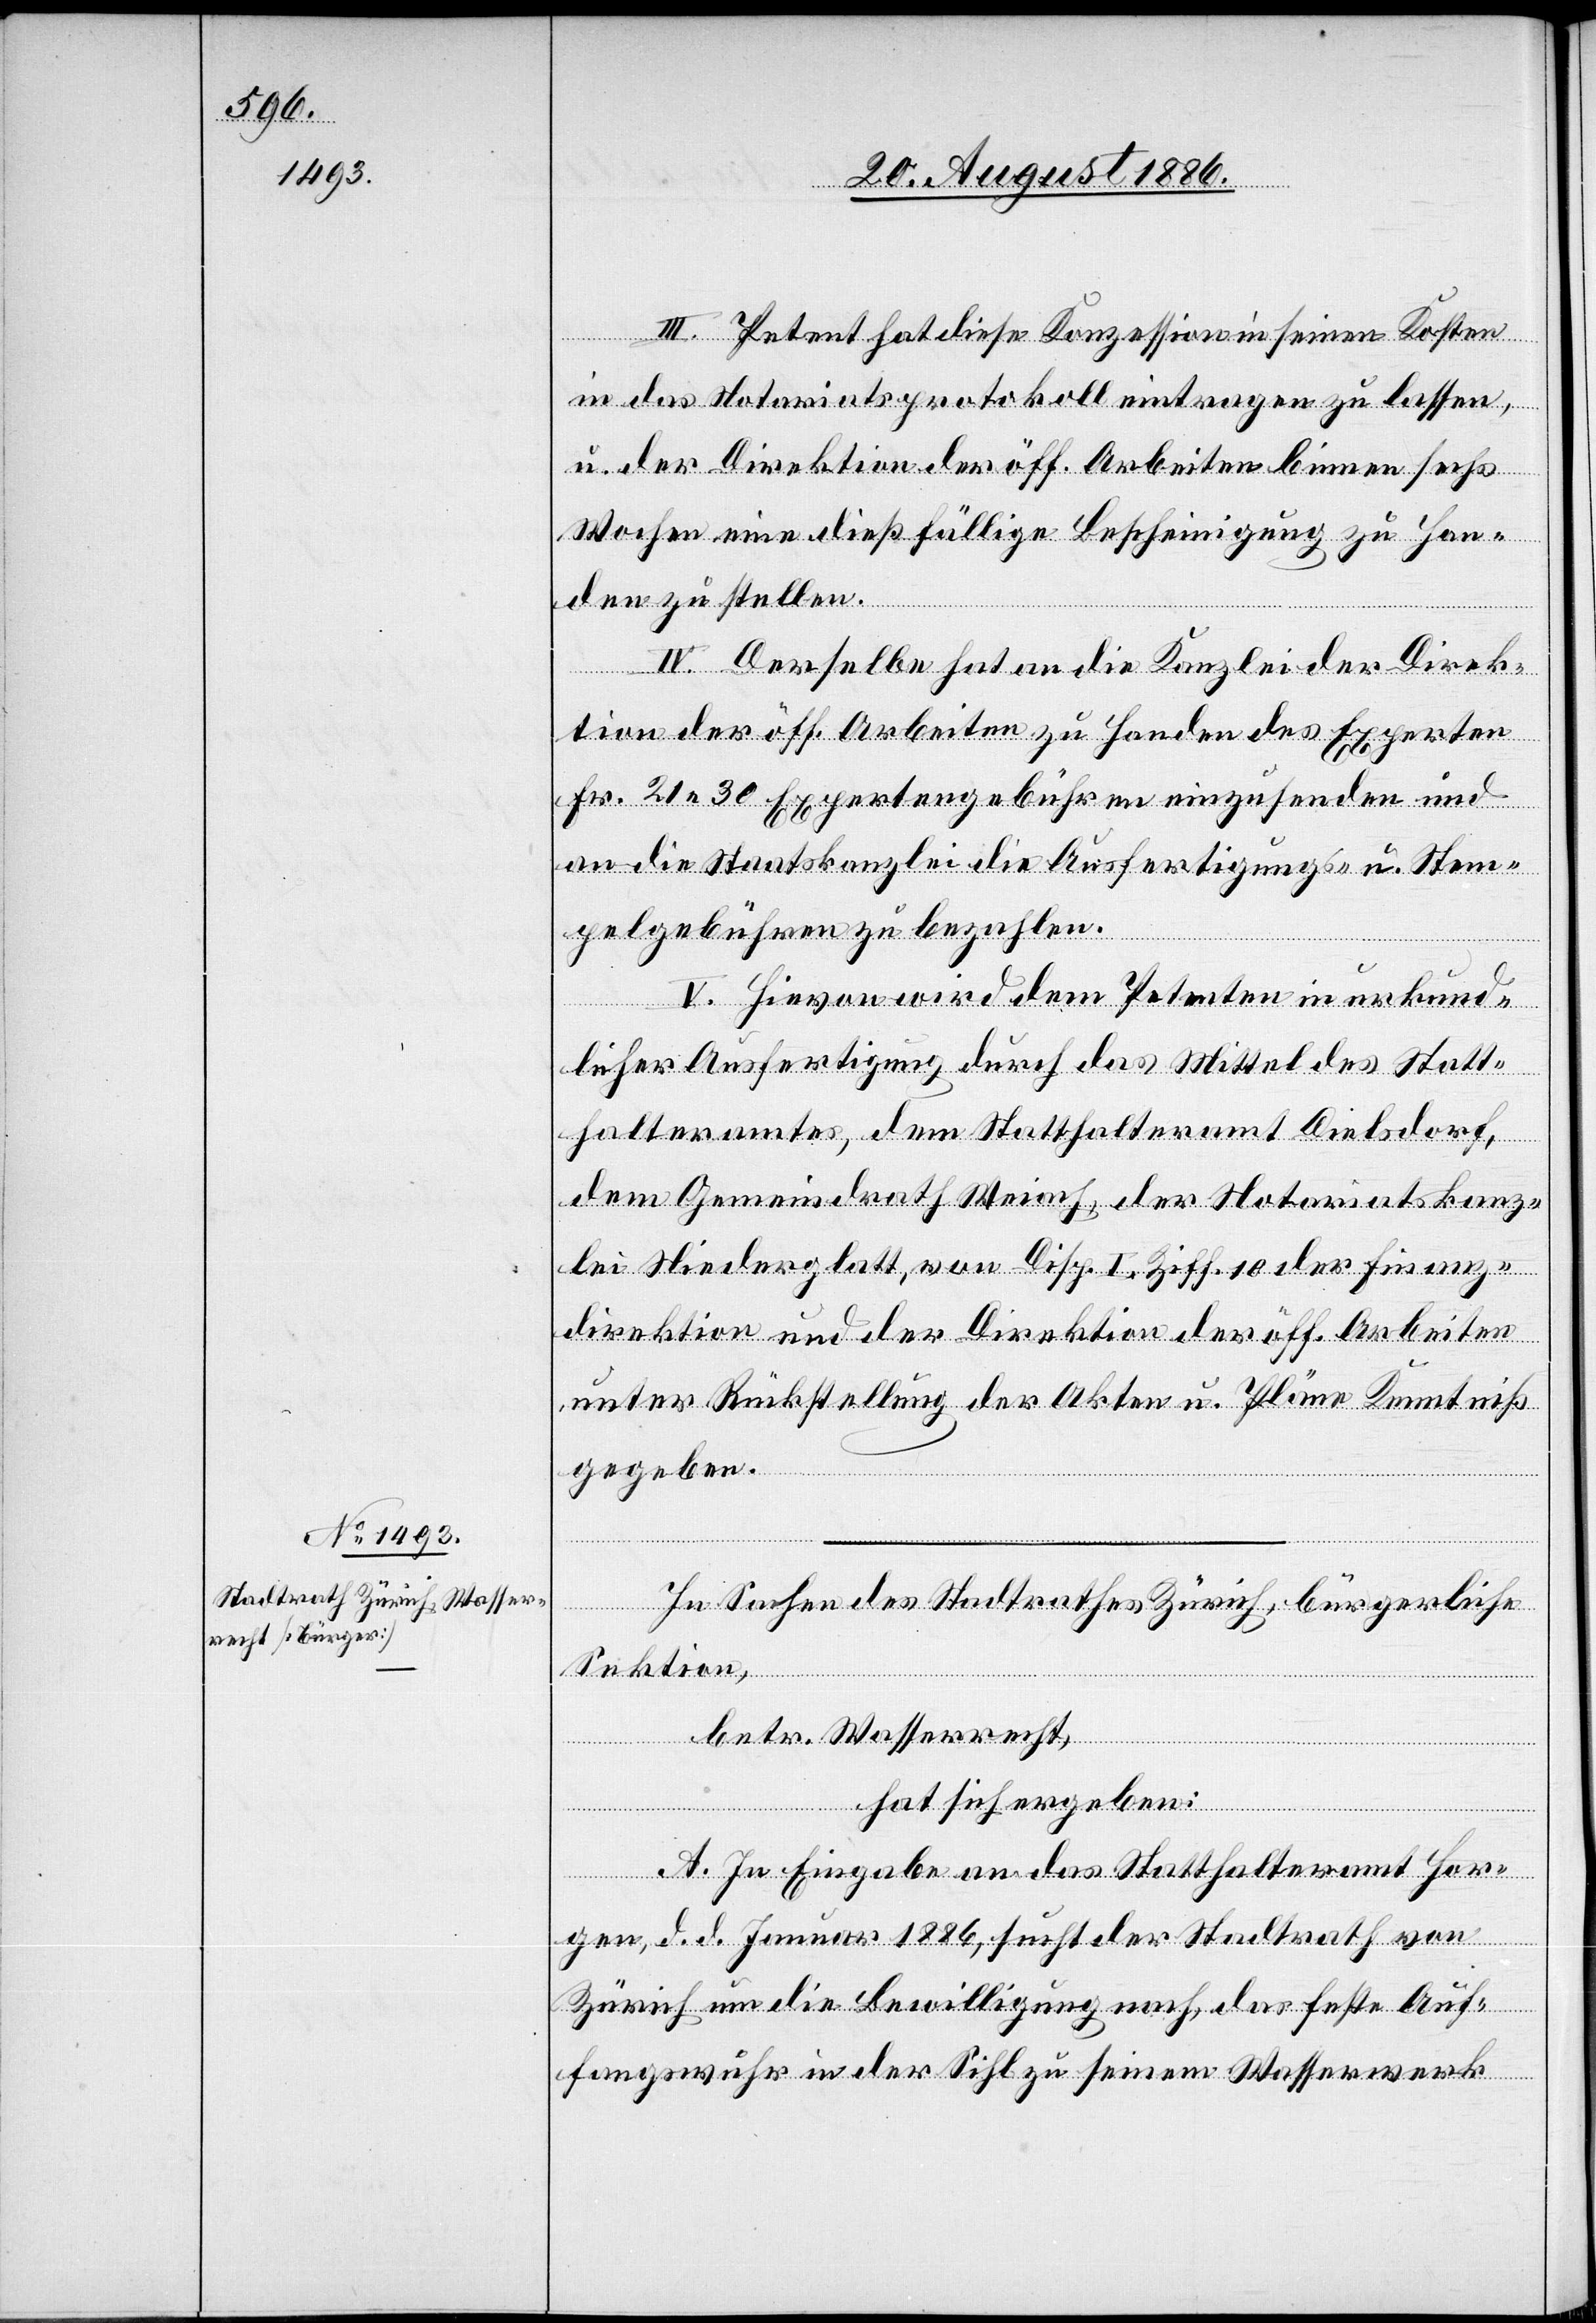
III. Petent hat diese Konzession in seinen Kosten
in das Notariatsprotokoll eintragen zu lassen,
u. der Direktion der öff. Arbeiten binnen sechs
Wochen eine dießfällige Bescheinigung zu Han¬
den zu stellen.
IV. Derselbe hat an die Kanzlei der Direk¬
tion der öff. Arbeiten zu Handen des Experten
Fr. 21 30 Expertengebühr einzusenden und
an die Staatskanzlei die Ausfertigungs- u. Stem¬
pelgebühren zu bezahlen.
V. Hievon wird dem Petenten in urkund¬
licher Ausfertigung durch das Mittel des Statt¬
halteramtes, dem Statthalteramt Dielsdorf,
dem Gemeindrath Weiach, der Notariatskanz¬
lei Niederglatt, von Disp. I Ziff. 10 der Finanz¬
direktion und der Direktion der öff. Arbeiten
unter Rückstellung der Akten u. Pläne Kenntniß
gegeben.
In Sachen des Stadtrathes Zürich, bürgerliche
Sektion,
betr. Wasserrecht,
hat sich ergeben:
A. In Eingabe an das Statthalteramt Hor¬
gen, d. d. Januar 1886, sucht der Stadtrath von
Zürich um die Bewilligung nach, das feste Auf¬
fangswuhr in der Sihl zu seinem Wasserwerk